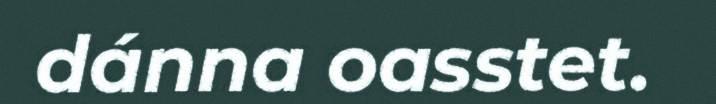
dánna oasstet.